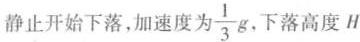
静止开始下落，加速度为\frac{1}{3}g，下落高度H